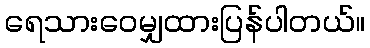
ရေသားဝေမျှထားပြန်ပါတယ်။